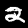
Digit: 2